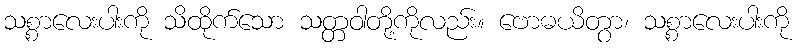
သစ္စာလေးပါးကို သိထိုက်သော သတ္တဝါတို့ကိုလည်း။ ဗောဓယိတွာ၊ သစ္စာလေးပါးကို